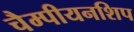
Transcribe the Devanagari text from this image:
चैम्पीयनशिप